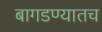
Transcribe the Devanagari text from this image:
बागडण्यातच